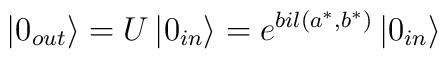
\left| 0_{out}\right\rangle =U\left| 0_{in}\right\rangle=e^{bil(a^{*},b^{*})}\left| 0_{in}\right\rangle